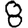
Digit: 8